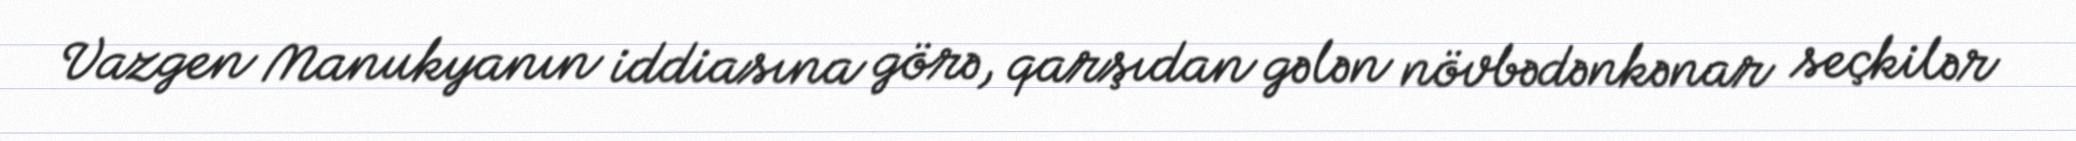
Vazgen Manukyanın iddiasına görə, qarşıdan gələn növbədənkənar seçkilər